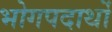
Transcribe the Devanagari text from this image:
भोगपदार्थो